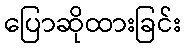
ပြောဆိုထားခြင်း